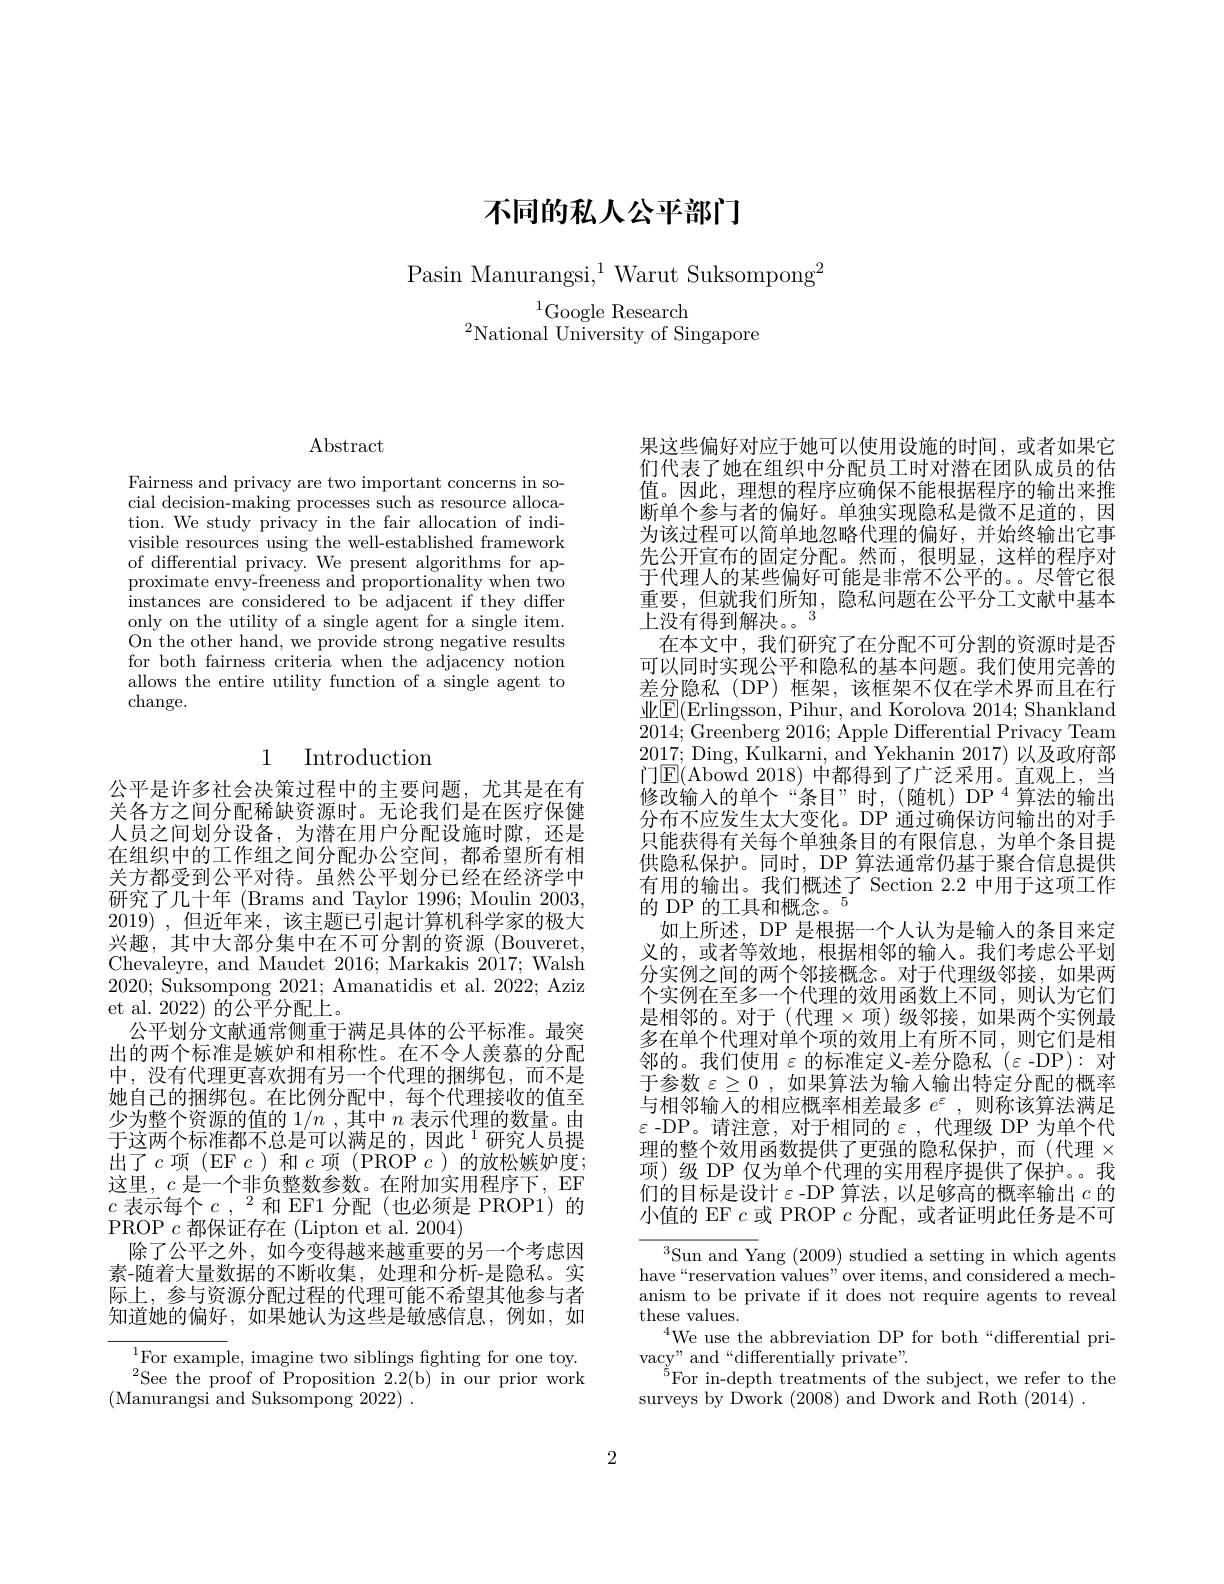
不同的私人公平部门

Pasin Manurangsi,$^1$ Warut Suksompong$^2$

$^{1}$Google Research
$^{2}$National University of Singapore

## $\operatorname{Abstract}$

Fairness and privacy are two important concerns in social decision-making processes such as resource allocation. We study privacy in the fair allocation of indivisible resources using the well-established framework of differential privacy. We present algorithms for approximate envy-freeness and proportionality when two instances are considered to be adjacent if they differ only on the utility of a single agent for a single item. On the other hand, we provide strong negative results for both fairness criteria when the adjacency notion allows the entire utility function of a single agent to change.

## 1 Introduction

公平是许多社会决策过程中的主要问题，尤其是在有关各方之间分配稀缺资源时。无论我们是在医疗保健人员之间划分设备，为潜在用户分配设施时隙，还是在组织中的工作组之间分配办公空间，都希望所有相关方都受到公平对待。虽然公平划分已经在经济学中研究了几十年 (Brams and Taylor 1996; Moulin 2003, 2019) ,但近年来，该主题已引起计算机科学家的极大兴趣，其中大部分集中在不可分割的资源(Bouveret, Chevaleyre, and Maudet 2016; Markakis 2017; Walsh 2020; Suksompong 2021; Amanatidis et al. 2022; Aziz et al. 2022) 的公平分配上。
公平划分文献通常侧重于满足具体的公平标准。最突出的两个标准是嫉妒和相称性。在不令人羡慕的分配中，没有代理更喜欢拥有另一个代理的捆绑包，而不是她自己的捆绑包。在比例分配中，每个代理接收的值至少为整个资源的值的$1/n$ ,其中$n$表示代理的数量。由于这两个标准都不总是可以满足的，因此$^{1}$研究人员提出了$c$项(EF$c$)和$c$项(PROP$c$)的放松嫉妒度； 这里，$c$是一个非负整数参数。在附加实用程序下，EF $c$表示每个$c,^2$和 EF1 分配(也必须是 PROP1)的PROP $c$都保证存在 (Lipton et al. 2004)
除了公平之外，如今变得越来越重要的另一个考虑因素-随着大量数据的不断收集，处理和分析-是隐私。实际上，参与资源分配过程的代理可能不希望其他参与者知道她的偏好，如果她认为这些是敏感信息，例如，如

$^{1}$For example, imagine two siblings fighting for one toy. $^{2}$See the proof of Proposition 2.2(b) in our prior work
(Manurangsi and Suksompong 2022)~.

果这些偏好对应于她可以使用设施的时间，或者如果它们代表了她在组织中分配员工时对潜在团队成员的估值。因此，理想的程序应确保不能根据程序的输出来推断单个参与者的偏好。单独实现隐私是微不足道的，因为该过程可以简单地忽略代理的偏好，并始终输出它事先公开宣布的固定分配。然而，很明显，这样的程序对于代理人的某些偏好可能是非常不公平的。。尽管它很重要，但就我们所知，隐私问题在公平分工文献中基本上没有得到解决。3
在本文中，我们研究了在分配不可分割的资源时是否可以同时实现公平和隐私的基本问题。我们使用完善的差分隐私(DP)框架，该框架不仅在学术界而且在行业$\underline{\mathrm{E}}($Erlingsson, Pihur, and Korolova 2014; Shankland 2014;Greenberg 2016; Apple Differential Privacy Team 2017; Ding, Kulkarni, and Yekhanin 2017)以及政府部门$\underline{\mathrm{E}}($Abowd 2018) 中都得到了广泛采用。直观上，当修改输入的单个“条目”时，(随机)DP“算法的输出分布不应发生太大变化。DP 通过确保访问输出的对手只能获得有关每个单独条目的有限信息，为单个条目提供隐私保护。同时，DP 算法通常仍基于聚合信息提供有用的输出。我们概述了 Section 2.2 中用于这项工作的 DP 的工具和概念。$^{5}$
如上所述，DP 是根据一个人认为是输入的条目来定义的，或者等效地，根据相邻的输人。我们考虑公平划分实例之间的两个邻接概念。对于代理级邻接，如果两个实例在至多一个代理的效用函数上不同，则认为它们是相邻的。对于(代理$\times$项)级邻接，如果两个实例最多在单个代理对单个项的效用上有所不同，则它们是相邻的。我们使用$\varepsilon$的标准定义-差分隐私(ε-DP):对于参数$\varepsilon\geq0$,如果算法为输入输出特定分配的概率与相邻输入的相应概率相差最多$e^\varepsilon$,则称该算法满足$\varepsilon$ -DP。请注意，对于相同的$\varepsilon$ ,代理级 DP 为单个代理的整个效用函数提供了更强的隐私保护，而(代理$\times$ 项)级 DP 仅为单个代理的实用程序提供了保护。。我们的目标是设计$\varepsilon$ -DP 算法，以足够高的概率输出$c$的小值的 EF $c$或 PROP $c$分配，或者证明此任务是不可
${}^{3}$Sun and Yang (2009)studied a setting in which agents

have“reservation values”over items, and considered a mechanism to be private if it does not require agents to reveal these values.
$^{4}$We use the abbreviation DP for both“differential pri-
vacy" and“differentially private”.
$^{\breve{5}}$For in-depth treatments of the subject, we refer to the
surveys by Dwork (2008) and Dwork and Roth (2014).

2